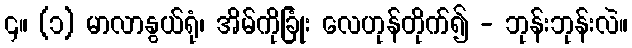
၄။ (၁) မာလာနွယ်ရုံ၊ အိမ်ကိုခြုံး လေဟုန်တိုက်၍ - ဘုန်းဘုန်းလဲ။